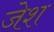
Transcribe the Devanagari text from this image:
जेश